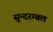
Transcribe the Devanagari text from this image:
सुन्दरम्बल